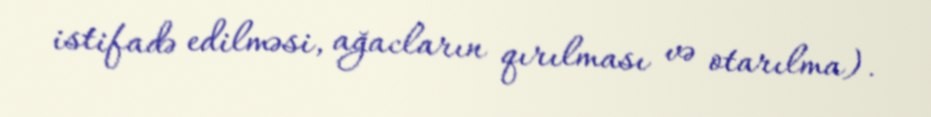
istifadə edilməsi, ağacların qırılması və otarılma).